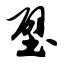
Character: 壁